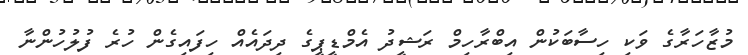
މުޒާހަރާގެ ވަކި ހިސާބަކުން އިބްރާހިމް ރަޝީދު އެމްޑީޕީގެ ދިދައެއް ހިފައިގެން ހުރެ ފުލުހުންނާ